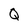
Character: Q